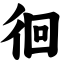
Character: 徊